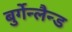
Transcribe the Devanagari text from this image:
बुर्गेन्लैन्ड